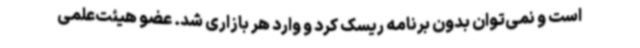
است و نمی‌توان بدون برنامه ریسک کرد و وارد هر بازاری شد. عضو هیئت‌علمی